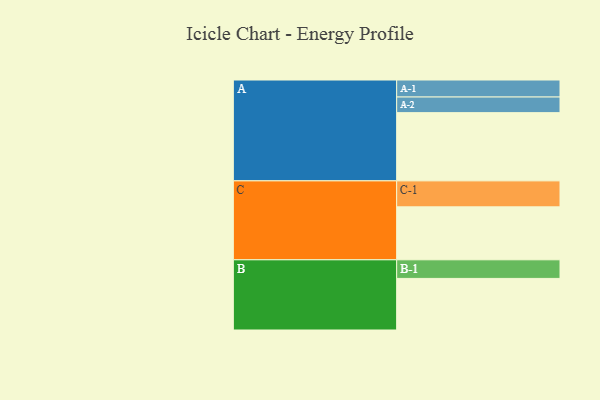
{"axis": {"x": "Segment", "y": "Value"}, "legend": ["", "A", "B", "C"], "data": [{"x": "A", "y": 594, "type": ""}, {"x": "B", "y": 449, "type": ""}, {"x": "C", "y": 461, "type": ""}, {"x": "A-1", "y": 148, "type": "A"}, {"x": "A-2", "y": 136, "type": "A"}, {"x": "B-1", "y": 162, "type": "B"}, {"x": "C-1", "y": 226, "type": "C"}]}